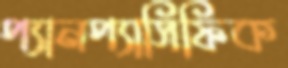
প্যানপ্যাসিফিক